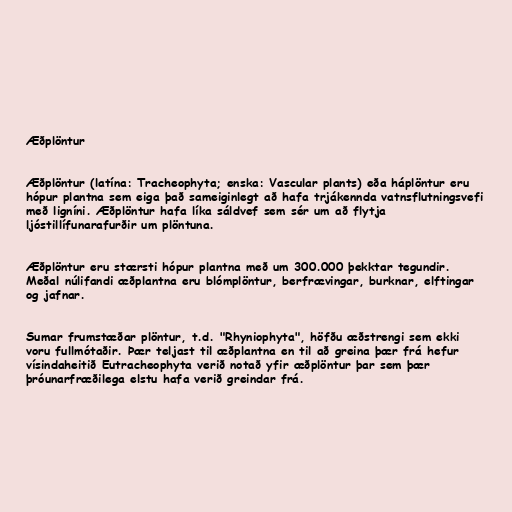
Æðplöntur

Æðplöntur (latína: Tracheophyta; enska: Vascular plants) eða háplöntur eru
hópur plantna sem eiga það sameiginlegt að hafa trjákennda vatnsflutningsvefi
með ligníni. Æðplöntur hafa líka sáldvef sem sér um að flytja
ljóstillífunarafurðir um plöntuna.

Æðplöntur eru stærsti hópur plantna með um 300.000 þekktar tegundir.
Meðal núlifandi æðplantna eru blómplöntur, berfrævingar, burknar, elftingar
og jafnar.

Sumar frumstæðar plöntur, t.d. "Rhyniophyta", höfðu æðstrengi sem ekki
voru fullmótaðir. Þær teljast til æðplantna en til að greina þær frá hefur
vísindaheitið Eutracheophyta verið notað yfir æðplöntur þar sem þær
þróunarfræðilega elstu hafa verið greindar frá.